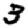
Digit: 3